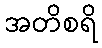
အတိစရိ